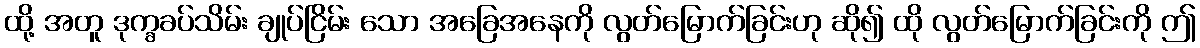
ထို့ အတူ ဒုက္ခခပ်သိမ်း ချုပ်ငြိမ်း သော အခြေအနေကို လွတ်မြောက်ခြင်းဟု ဆို၍ ထို လွတ်မြောက်ခြင်းကို ဤ